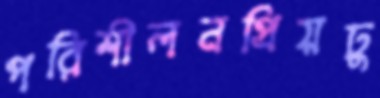
পরিশীলনপ্রিয়ঢু